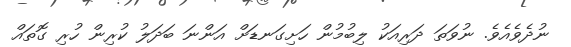
ނުދެވެއެވެ. ނުވަތަ ދަރިއަކު ލިބުމުން ހަށިގަނޑަށް އަންނަ ބަދަލު ކުރިން ހުރި ގޮތައް